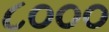
૮૦૦૦